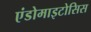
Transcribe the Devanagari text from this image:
एंडोमाइटोसिस